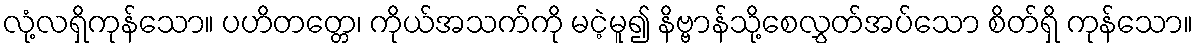
လုံ့လရှိကုန်သော။ ပဟိတတ္တေ၊ ကိုယ်အသက်ကို မငဲ့မူ၍ နိဗ္ဗာန်သို့စေလွှတ်အပ်သော စိတ်ရှိ ကုန်သော။